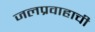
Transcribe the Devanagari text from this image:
जलप्रवाहाची